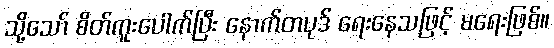
သို့သော် စိတ်ကူးပေါက်ပြီး နောက်တပုဒ် ရေးနေသဖြင့် မရေးဖြစ်။